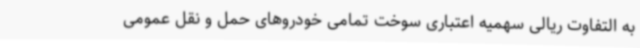
به التفاوت ریالی سهمیه اعتباری سوخت تمامی خودروهای حمل و نقل عمومی